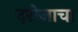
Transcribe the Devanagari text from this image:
दरोजाचा